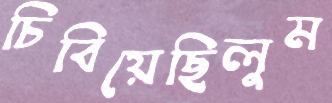
চিবিয়েছিলুম